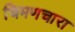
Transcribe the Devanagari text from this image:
चिमणचारा